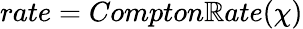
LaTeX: rate=Compton\mathbb{R}ate(\chi)